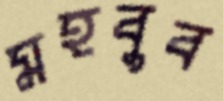
মহবুব